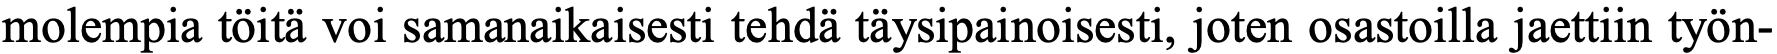
molempia töitä voi samanaikaisesti tehdä täysipainoisesti, joten osastoilla jaettiin työn-